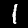
Digit: 1